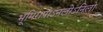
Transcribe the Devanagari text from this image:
भूमिरापोऽनलोऽनिलो